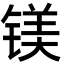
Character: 镁